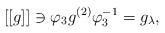
LaTeX: \begin{align*}[[g]] \ni \varphi_3 g^{(2)} \varphi_3^{-1} = g_{\lambda} , \end{align*}